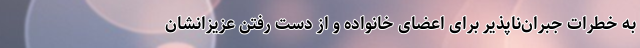
به خطرات جبران‌ناپذیر برای اعضای خانواده و از دست رفتن عزیزانشان